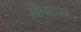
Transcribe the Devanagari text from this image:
सैंपल्स